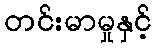
တင်းမာမှုနှင့်